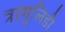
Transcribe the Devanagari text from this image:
त्रागुलिडी